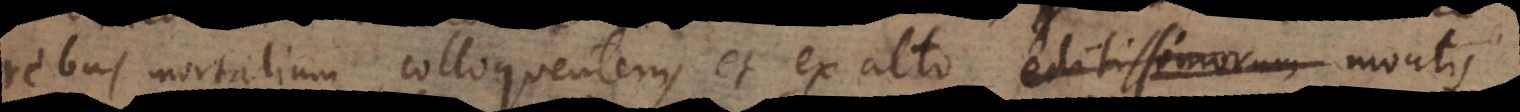
rebus mortalium colloquentem, et ex alto editissimorum montis